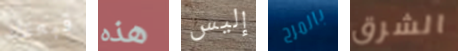
قبعتك هذه إليس بالمرح الشرق